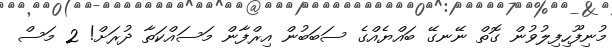
މުނިފޫހިފިލުވުން ގޮތް ނޭނގޭ ބައްޔެއްގެ ސަބަބުން އިރްފާން މަސައްކަތާ ދުރަށް! 2 މަސް